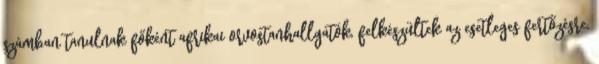
számban tanulnak főként afrikai orvostanhallgatók, felkészültek az esetleges fertőzésre,